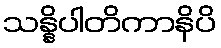
သန္နိပါတိကာနိပိ